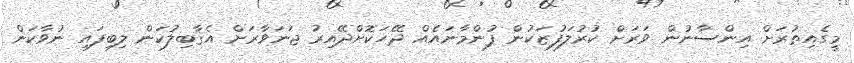
މީގެއިތުރަށް އިންސާނުން ވަރަށް ކުރުލަފުޒަކުން ފުންމާނައެއް ދޭހަކޮށްދޭއިރު ޖަނަވާރަށް އެޤާބިލުކަން ލިބިފައި ނުވާކަން